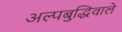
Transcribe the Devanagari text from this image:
अल्पबुद्धिवाले